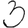
Digit: 3